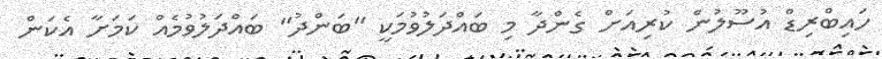
ހައިބްރިޑް އުސޫލުން ކުރިއަށް ގެންދާ މި ބައްދަލުވުމަކީ "ބަންދު" ބައްދަލުވުމެއް ކަމަށާ އެކަން